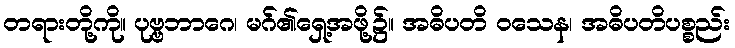
တရားတို့ကို။ ပုဗ္ဗဘာဂေ၊ မဂ်၏ရှေ့အဖို့၌။ အဓိပတိ ဝသေန၊ အဓိပတိပစ္စည်း